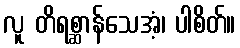
လူ တိရစ္ဆာန်သေအံ့၊ ပါစိတ်။